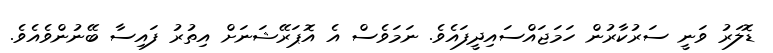
ޑޮލަރު ވަނީ ސަރުކާރުން ހަމަޖައްސައިދީފައެވެ. ނަމަވެސް އެ އޮޕަރޭޝަނަށް އިތުރު ފައިސާ ބޭނުންވެއެވެ.